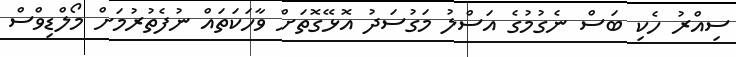
ސިއްރު ހެކި ބަސް ނެގުމުގެ އަސްލު މަގުސަދު އޮޅޭގޮތަށް ވާހަކަތައް ނުފެތުރުމަށް މޯލްޑިވްސް